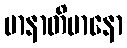
မာနာတိမာနော